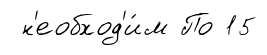
н'еобход'и́м По 15